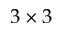
3 \times 3